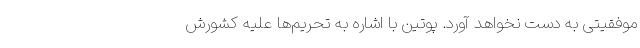
موفقیتی به دست نخواهد آورد. پوتین با اشاره به تحریم‌ها علیه کشورش